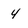
Character: 4